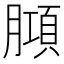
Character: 𭩆